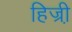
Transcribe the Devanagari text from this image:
हिज्री़